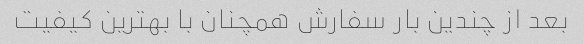
بعد از چندین بار سفارش همچنان با بهترین کیفیت